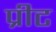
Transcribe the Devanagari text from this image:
प्रीट